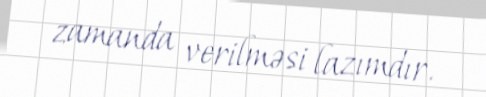
zamanda verilməsi lazımdır.